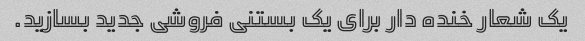
یک شعار خنده دار برای یک بستنی فروشی جدید بسازید.